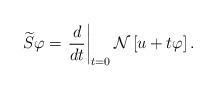
LaTeX: \begin{align*}\widetilde{S}\varphi =\left. \frac{d}{dt}\right\vert _{t=0}\mathcal{N}\left[u+t\varphi \right] . \end{align*}